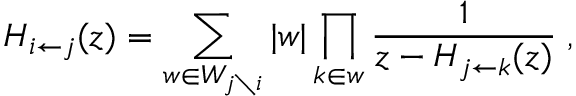
H _ { i \leftarrow j } ( z ) = \sum _ { w \in W _ { j \setminus i } } \vert w \vert \prod _ { k \in w } { \frac { 1 } { z - H _ { j \leftarrow k } ( z ) } } \; ,